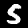
Label: 5